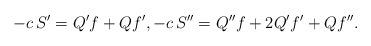
LaTeX: \begin{align*} -c\,S'=Q'f+Qf',-c\,S''=Q''f+2Q'f'+Qf''.\end{align*}